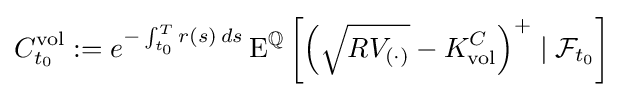
C_{t_{0}}^{\operatorname {vol} }:=e^{-\int _{t_{0}}^{T}r(s)\,ds}\operatorname {E} ^{\mathbb {Q} }\left[\left({\sqrt {RV_{(\cdot )}}}-K_{\operatorname {vol} }^{C}\right)^{+}\mid {\mathcal {F}}_{t_{0}}\right]